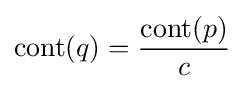
{\text{cont}}(q)={\frac {{\text{cont}}(p)}{c}}